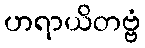
ဟရာယိတဗ္ဗံ